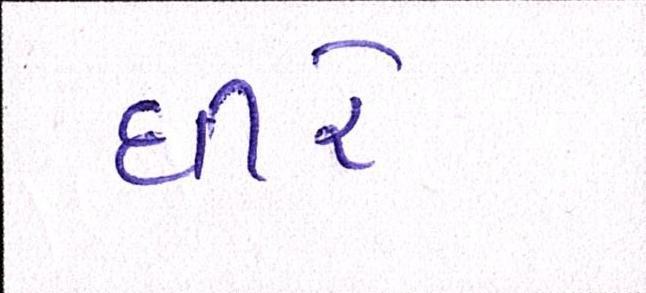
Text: ધીરે